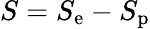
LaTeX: S=S_{\mathrm{e}}-S_{\mathrm{p}}